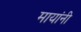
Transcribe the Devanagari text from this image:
मायांनी